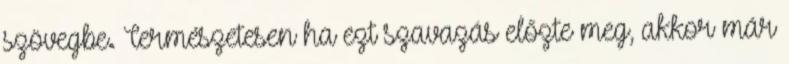
szövegbe. Természetesen ha ezt szavazás előzte meg, akkor már